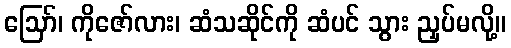
ဪ၊ ကိုဇော်လား၊ ဆံသဆိုင်ကို ဆံပင် သွား ညှပ်မလို့။